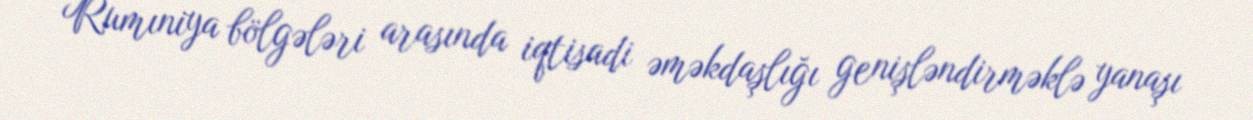
Rumıniya bölgələri arasında iqtisadi əməkdaşlığı genişləndirməklə yanaşı